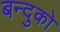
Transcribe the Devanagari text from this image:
बन्दुको